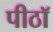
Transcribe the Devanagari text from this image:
पीठॉ